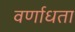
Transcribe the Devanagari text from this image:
वर्णाधता